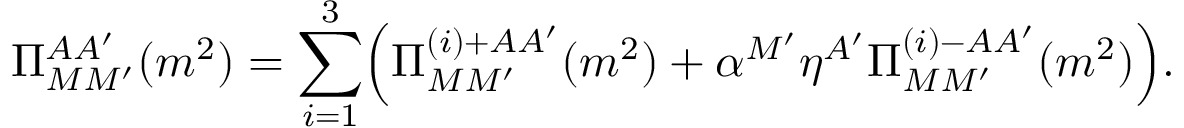
\Pi _ { M M ^ { \prime } } ^ { A A ^ { \prime } } ( m ^ { 2 } ) = \sum _ { i = 1 } ^ { 3 } \Bigl ( \Pi _ { M M ^ { \prime } } ^ { ( i ) + A A ^ { \prime } } ( m ^ { 2 } ) + \alpha ^ { M ^ { \prime } } \eta ^ { A ^ { \prime } } \Pi _ { M M ^ { \prime } } ^ { ( i ) - A A ^ { \prime } } ( m ^ { 2 } ) \Bigr ) .